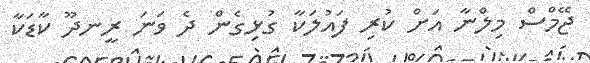
ޖޭމްސް މިލްނާ އަށް ކުރި ފައުލަކާ ގުޅިގެން ދެ ވަނަ ރީނދޫ ކާޑަކާ